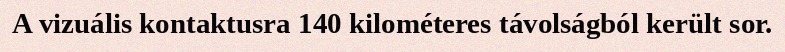
A vizuális kontaktusra 140 kilométeres távolságból került sor.